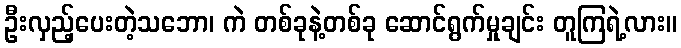
ဦးလှည့်ပေးတဲ့သဘော၊ ကဲ တစ်ခုနဲ့တစ်ခု ဆောင်ရွက်မှုချင်း တူကြရဲ့လား။